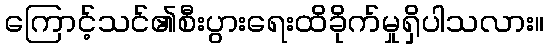
ကြောင့်သင်၏စီးပွားရေးထိခိုက်မှုရှိပါသလား။